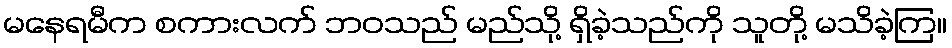
မနေရမီက စကားလက် ဘဝသည် မည်သို့ ရှိခဲ့သည်ကို သူတို့ မသိခဲ့ကြ။